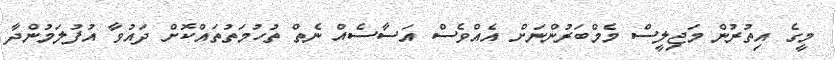
މީގެ އިތުރުން މަޖިލީސް މެމްބަރުންނަށް އެއްވެސް އަސާސެއް ނެތް ތުހުމަތުތައްކޮށް ދައުވާ އުފުލަމުންދާ